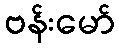
ဗန်းမော်